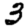
Digit: 3